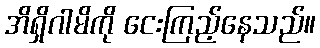
အိရှိဂါမိကို ငေးကြည့်နေသည်။